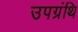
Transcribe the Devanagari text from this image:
उपग्रंथि